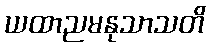
ယထာညမနုသာသတိ